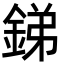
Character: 銻